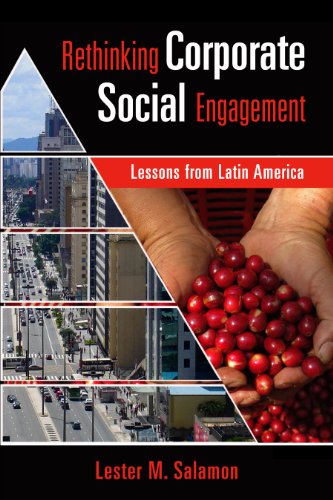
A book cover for Rethinking Corporate Social Engagement: Lessons From Latin America; Lester M. Salamon; Business & Money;